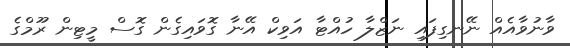
ވާނުވާއެއް ނޭނގިފައި ނަޒްލާ ހުއްޓާ އަވިކް އޭނާ ގޮވައިގެން ގޮސް މީޓިން ރޫމްގެ